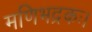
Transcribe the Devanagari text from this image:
मणिभद्रकः।